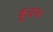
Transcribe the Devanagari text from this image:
क्रुइफ